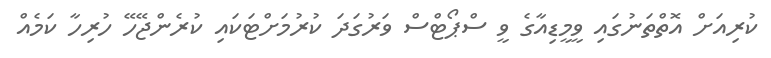
ކުރިއަށް އޮތްތަނުގައި ވީމީޑިއާގެ ވީ ސްޕޯޓްސް ވަރުގަދަ ކުރުމަށްޓަކައި ކުރެންޖޭހޭ ހުރިހާ ކަމެއް